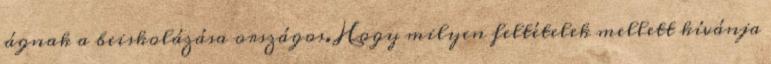
ágnak a beiskolázása országos. Hogy milyen feltételek mellett kívánja